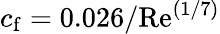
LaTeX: c_{\mathrm{f}}=0.026/\mathrm{Re}^{(1/7)}